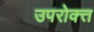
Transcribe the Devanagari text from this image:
उपरोक्त्त